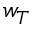
w _ { T }